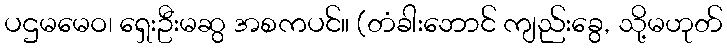
ပဌမမေဝ၊ ရှေးဦးမဆွ အစကပင်။ (တံခါးဘောင် ကျည်းခွေ, သို့မဟုတ်